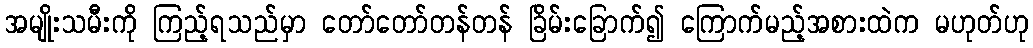
အမျိုးသမီးကို ကြည့်ရသည်မှာ တော်တော်တန်တန် ခြိမ်းခြောက်၍ ကြောက်မည့်အစားထဲက မဟုတ်ဟု